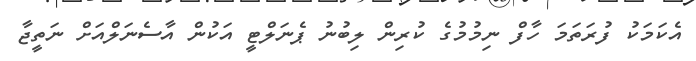
އެކަމަކު ފުރަތަމަ ހާފް ނިމުމުގެ ކުރިން ލިބުނު ޕެނަލްޓީ އަކުން އާސެނަލްއަށް ނަތީޖާ